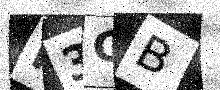
Text: N3GB